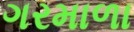
ગરમાળા